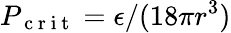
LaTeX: P_{\mathrm{~c~r~i~t~}}=\epsilon/(18\pi r^{3})